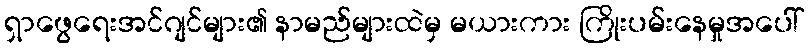
ရှာဖွေရေးအင်ဂျင်များ၏ နာမည်များထဲမှ မယားကား ကြိုးပမ်းနေမှုအပေါ်